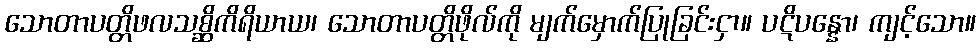
သောတာပတ္တိဖလသစ္ဆိကိရိယာယ၊ သောတာပတ္တိဖိုလ်ကို မျက်မှောက်ပြုခြင်းငှာ။ ပဋိပန္နော၊ ကျင့်သော။